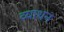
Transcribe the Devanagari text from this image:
व्याधन